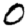
Digit: 0